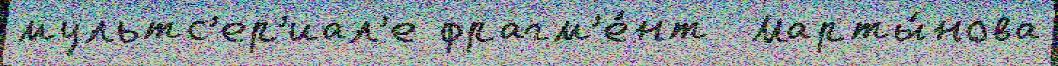
мультс'ер'иал'е фрагм'е́нт  Марты́нова